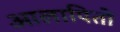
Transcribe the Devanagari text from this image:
आलापितो